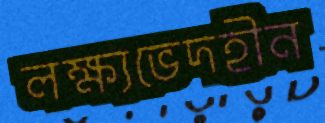
লক্ষ্যভেদহীন